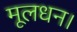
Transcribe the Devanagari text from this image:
मूलधन।